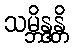
သမ္ဘိန္ဒန္တိ